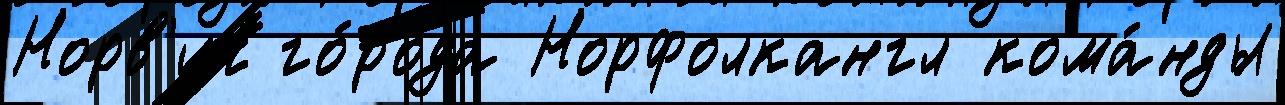
Норв'ич го́рода Норфолкангл кома́нды